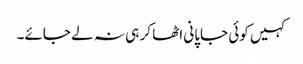
کہیں کوئی جاپانی اٹھا کر ہی نہ لے جائے۔